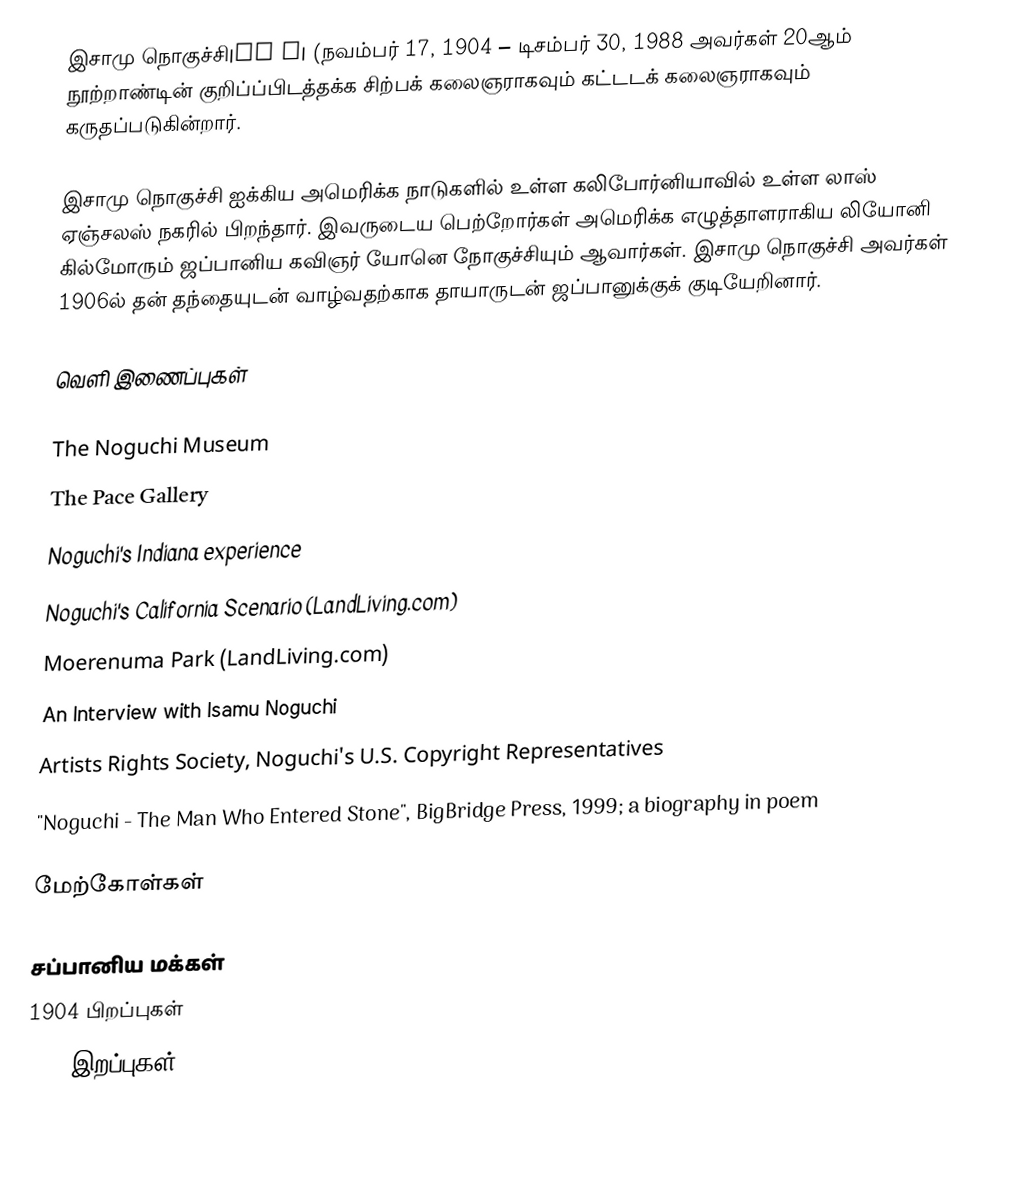
இசாமு நொகுச்சி|野口 勇| (நவம்பர் 17, 1904 – டிசம்பர் 30, 1988 அவர்கள் 20ஆம் நூற்றாண்டின் குறிப்ப்பிடத்தக்க சிற்பக் கலைஞராகவும் கட்டடக் கலைஞராகவும் கருதப்படுகின்றார்.

இசாமு நொகுச்சி ஐக்கிய அமெரிக்க நாடுகளில் உள்ள கலிபோர்னியாவில் உள்ள லாஸ் ஏஞ்சலஸ் நகரில் பிறந்தார். இவருடைய பெற்றோர்கள் அமெரிக்க எழுத்தாளராகிய லியோனி கில்மோரும் ஜப்பானிய கவிஞர் யோனெ நோகுச்சியும் ஆவார்கள். இசாமு நொகுச்சி அவர்கள் 1906ல் தன் தந்தையுடன் வாழ்வதற்காக தாயாருடன் ஜப்பானுக்குக் குடியேறினார்.

வெளி இணைப்புகள்

 The Noguchi Museum
 The Pace Gallery
 Noguchi's Indiana experience
 Noguchi's California Scenario (LandLiving.com)
 Moerenuma Park (LandLiving.com)
 An Interview with Isamu Noguchi
 Artists Rights Society, Noguchi's U.S. Copyright Representatives
 "Noguchi - The Man Who Entered Stone", BigBridge Press, 1999; a biography in poem

மேற்கோள்கள்

சப்பானிய மக்கள்
1904 பிறப்புகள்
1988 இறப்புகள்